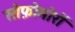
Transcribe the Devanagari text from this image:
सोफ़ोमोरों